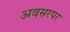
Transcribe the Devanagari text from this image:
अवसरपर